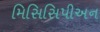
મિસિસિપીઅન